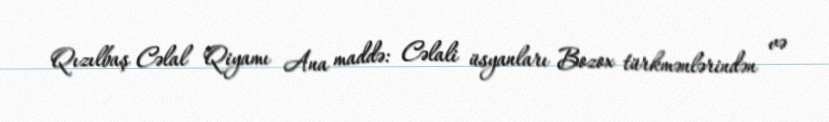
Qızılbaş Cəlal Qiyamı Ana maddə: Cəlali üsyanları Bozox türkmənlərindən və